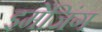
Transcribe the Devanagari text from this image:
इमेंजिंग